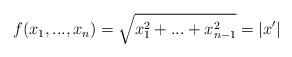
LaTeX: \begin{align*}f(x_1,...,x_n)=\sqrt{x_1^2+...+x_{n-1}^2}=|x'|\end{align*}